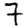
Digit: 7